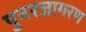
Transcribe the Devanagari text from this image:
पुनरजागरण